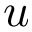
u